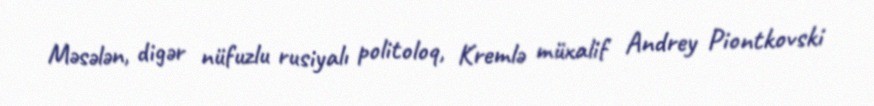
Məsələn, digər nüfuzlu rusiyalı politoloq, Kremlə müxalif Andrey Piontkovski